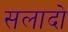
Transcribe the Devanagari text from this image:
सलादो